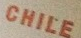
CHILE